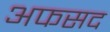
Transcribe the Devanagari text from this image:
अफसद